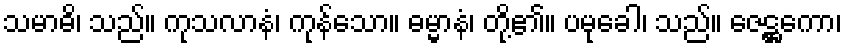
သမာဓိ၊ သည်။ ကုသလာနံ၊ ကုန်သော။ ဓမ္မာနံ၊ တို့၏။ ပမုခေါ၊ သည်။ ဇေဋ္ဌကော၊